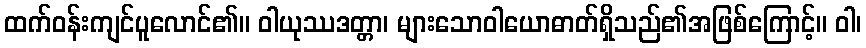
ထက်ဝန်းကျင်ပူလောင်၏။ ဝါယုဿဒတ္တာ၊ များသောဝါယောဓာတ်ရှိသည်၏အဖြစ်ကြောင့်။ ဝါ၊